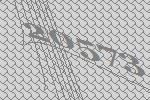
20573